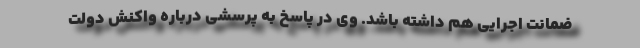
ضمانت اجرایی هم داشته باشد. وی در پاسخ به پرسشی درباره واکنش دولت